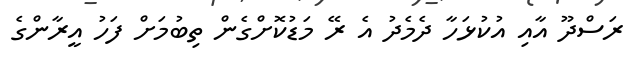
ރަސްދޫ އާއި އުކުޅަހާ ދެމެދު އެ ރޭ މަޑުކޮށްގެން ތިބުމަށް ފަހު އީރާންގެ